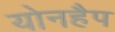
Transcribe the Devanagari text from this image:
योनहैप